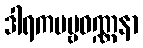
ဒါရကပဗ္ဗဝဏ္ဏနာ